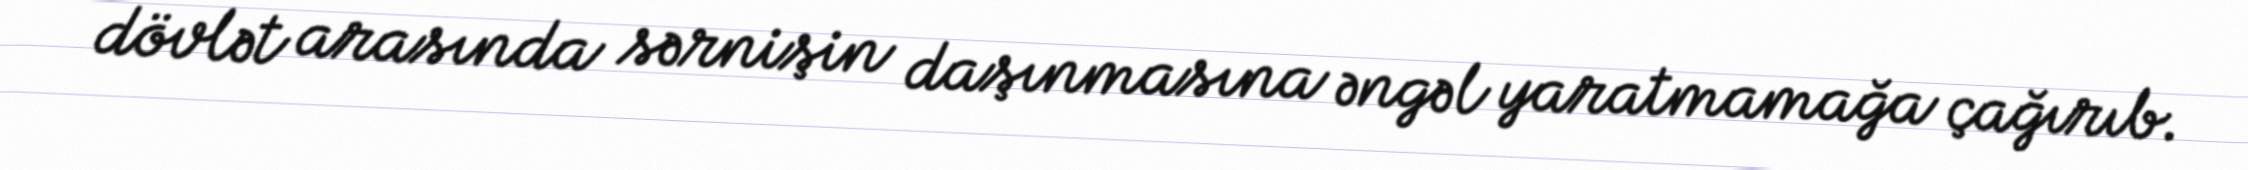
dövlət arasında sərnişin daşınmasına əngəl yaratmamağa çağırıb.